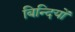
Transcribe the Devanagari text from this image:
बिन्दियों